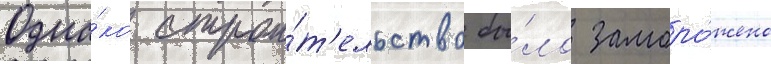
Одна́ко строи́т'ельство бы́ло заморо́жено